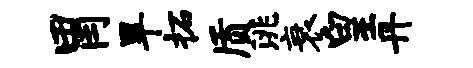
胃旱柘质洮衰皇丹